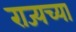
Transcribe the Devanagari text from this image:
राज्यच्या